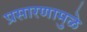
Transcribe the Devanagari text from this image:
प्रसारणामुळे